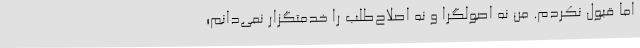
اما قبول نکردم. من نه اصولگرا و نه اصلاح‌طلب را خدمتگزار نمی‌دانم؛